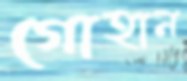
গোহান